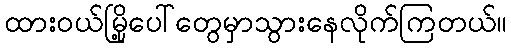
ထားဝယ်မြို့ပေါ်တွေမှာသွားနေလိုက်ကြတယ်။